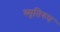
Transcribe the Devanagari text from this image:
स्मृतिरुप